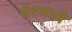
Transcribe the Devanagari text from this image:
चॅटमध्ये